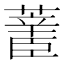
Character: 𰲄